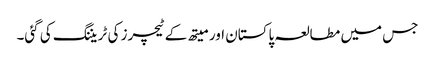
جس میں مطالعہ پاکستان اور میتھ کے ٹیچرز کی ٹریننگ کی گئی۔